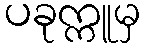
ပခုက္ကူမှ